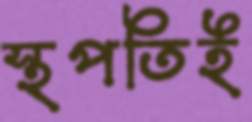
স্থপতিই